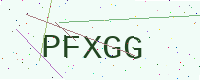
Text: PFXGG